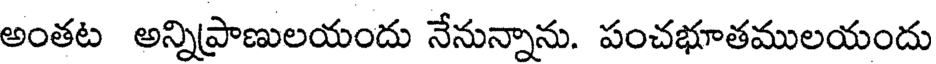
అంతట అన్నిప్రాణులయందు నేనున్నాను. పంచభూతములయందు